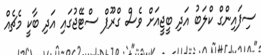
ސިފައިންގް ކްލަބު އަދި ބީޖީއަށް ވެސް ގްރޫޕް ސްޓޭޖުގައި އަދި ބާކީ މެޗެއް